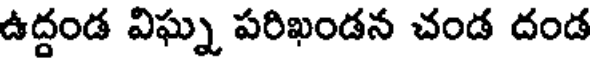
ఉద్దండ విఘ్న పరిఖండన చండ దండ